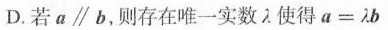
D.若$$a \parallel b$$，则存在唯一实数λ使得$$a = λ b$$